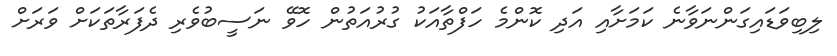
ލިބިވަޑައިގަންނަވާނެ ކަމަށާއި އަދި ކޮންމެ ހަފްތާއަކު ގުރުއަތުން ހޮވޭ ނަސީބުވެރި ދެފަރާތަކަށް ވަރަށް